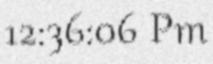
12:36:06 Pm